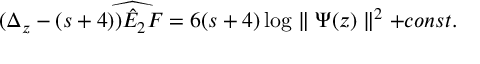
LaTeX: ( \Delta _ { z } - ( s + 4 ) ) \widehat { \hat { E } _ { 2 } F } = 6 ( s + 4 ) \log \parallel \Psi ( z ) \parallel ^ { 2 } + c o n s t .